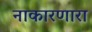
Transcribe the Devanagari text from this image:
नाकारणारा